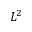
L ^ { 2 }